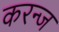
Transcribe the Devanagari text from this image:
करन्‍ज